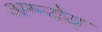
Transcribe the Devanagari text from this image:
अग्न्येय